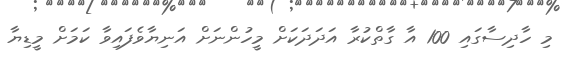
މި ހާދިސާގައި 100 އާ ގާތްކުރާ އަދަދަކަށް މީހުންނަށް އަނިޔާވެފައިވާ ކަމަށް މީޑިޔާ